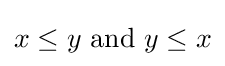
x\leq y{\text{ and }}y\leq x